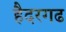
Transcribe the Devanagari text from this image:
हैदरगढ